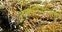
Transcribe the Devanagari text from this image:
समाधानकारकपणे